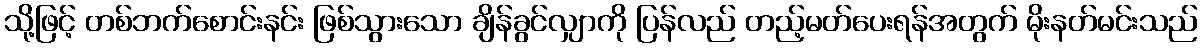
သို့ဖြင့် တစ်ဘက်စောင်းနင်း ဖြစ်သွားသော ချိန်ခွင်လျှာကို ပြန်လည် တည့်မတ်ပေးရန်အတွက် မိုးနတ်မင်းသည်